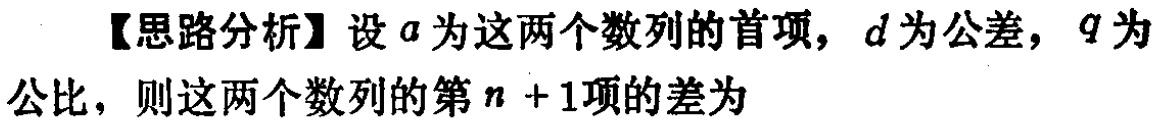
【思路分析】设\(a\)为这两个数列的首项，\(d\)为公差，\(q\)为公比，则这两个数列的第\(n + 1\)项的差为